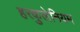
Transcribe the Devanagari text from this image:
हरकुलेनियम